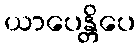
ယာပေန္တိပေ